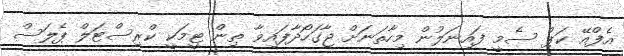
އެފްއޭ ކަޕް ސެމީ ފައިނަލުން މިހާތަނަށް ޖާގަހޯދާފައިވާ ތިން ޓީމަކީ ކްރިސްޓަލް ޕެލަސް